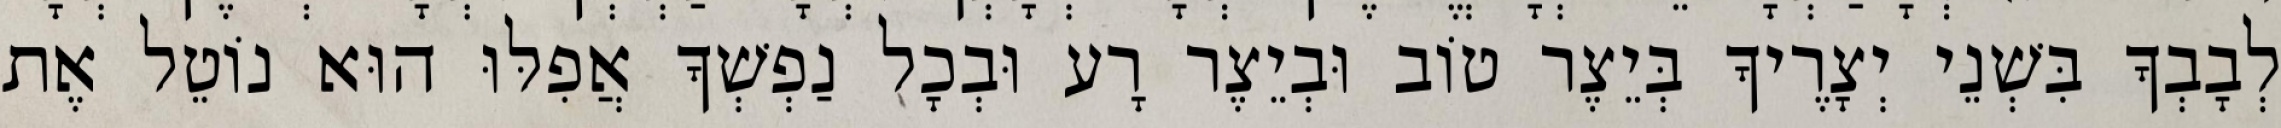
לְבָבְךָ בִּשְׁנֵי יְצָרֶיךָ בְּיֵצֶר טוֹב וּבְיֵצֶר רָע וּבְכָל נַפְשְׁךָ אֲפִלּוּ הוּא נוֹטֵל אֶת